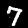
Label: 7